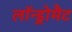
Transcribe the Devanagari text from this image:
लॉन्ड्रोमैट